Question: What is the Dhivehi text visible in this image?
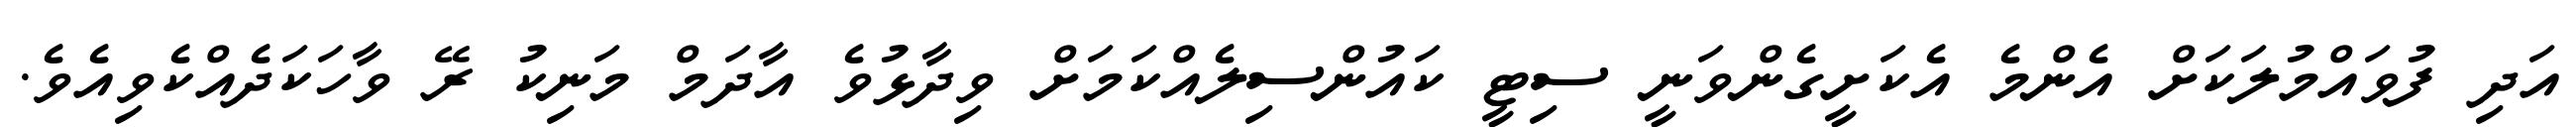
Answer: އަދި ފުވައްމުލަކަށް އެންމެ އެކަށީގެންވަނީ ސިޓީ ކައުންސިލެއްކަމަށް ވިދާޅުވެ އާދަމް މަނިކު ރޭ ވާހަކަދެއްކެވިއެވެ.